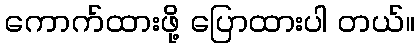
ကောက်ထားဖို့ ပြောထားပါ တယ်။